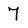
Character: 7